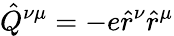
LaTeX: \hat{Q}^{\nu\mu}=-e\hat{r}^{\nu}\hat{r}^{\mu}